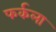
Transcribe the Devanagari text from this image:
फर्कला